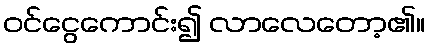
ဝင်ငွေကောင်း၍ လာလေတော့၏။